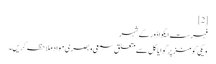
[2]
فہرست ایکواڈور کے شہر
ویکی کومنز پر گوایاکل سے متعلق سمعی و بصری مواد ملاحظہ کریں۔